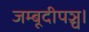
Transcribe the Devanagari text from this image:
जम्बूदीपञ्च।